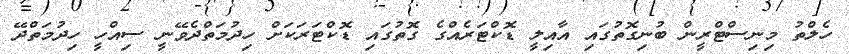
ހެލްތު މިނިސްޓްރީން ބުނިގޮތުގައި އާއިލީ ޑޮކްޓަރެއްގެ ގޮތުގައި ޑޮކްޓަރަކަށް ހިދުމަތްދެވޭނީ ސިއްހީ ހިދުމަތްދޭ